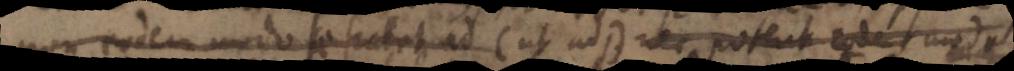
non eodem modo se _et ad C ut ad B nec potent eodem modat